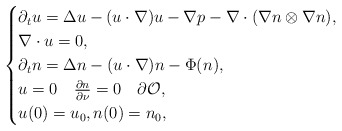
\begin{align*}\begin{cases}\partial_t u = \Delta u - (u\cdot \nabla)u -\nabla p - \nabla \cdot (\nabla n \otimes \nabla n) , \\\nabla \cdot u = 0 , \\\partial_t n = \Delta n - (u\cdot\nabla)n - \Phi(n) , \\ u = 0 \quad \frac{\partial n}{\partial \nu} = 0 \quad \partial\mathcal{O}, \\ u(0) = u_0, n(0) = n_0 ,\end{cases}\end{align*}